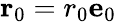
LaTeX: \mathbf{r}_{0}=r_{0}\mathbf{e}_{0}